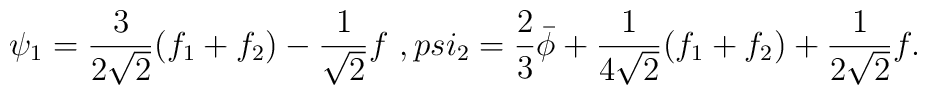
\psi_1 = \frac{3}{2 \sqrt{2}} ( f_1 + f_2 ) - \frac{1}{\sqrt{2}} f  \ , \\psi_2 = \frac{2}{3} \bar{\phi} + \frac{1}{4 \sqrt{2}}( f_1 + f_2 ) + \frac{1}{2 \sqrt{2}} f .